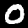
Digit: 0